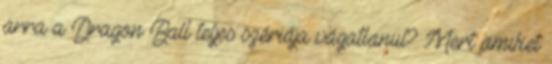
arra a Dragon Ball teljes szériája vágatlanul? Mert amiket